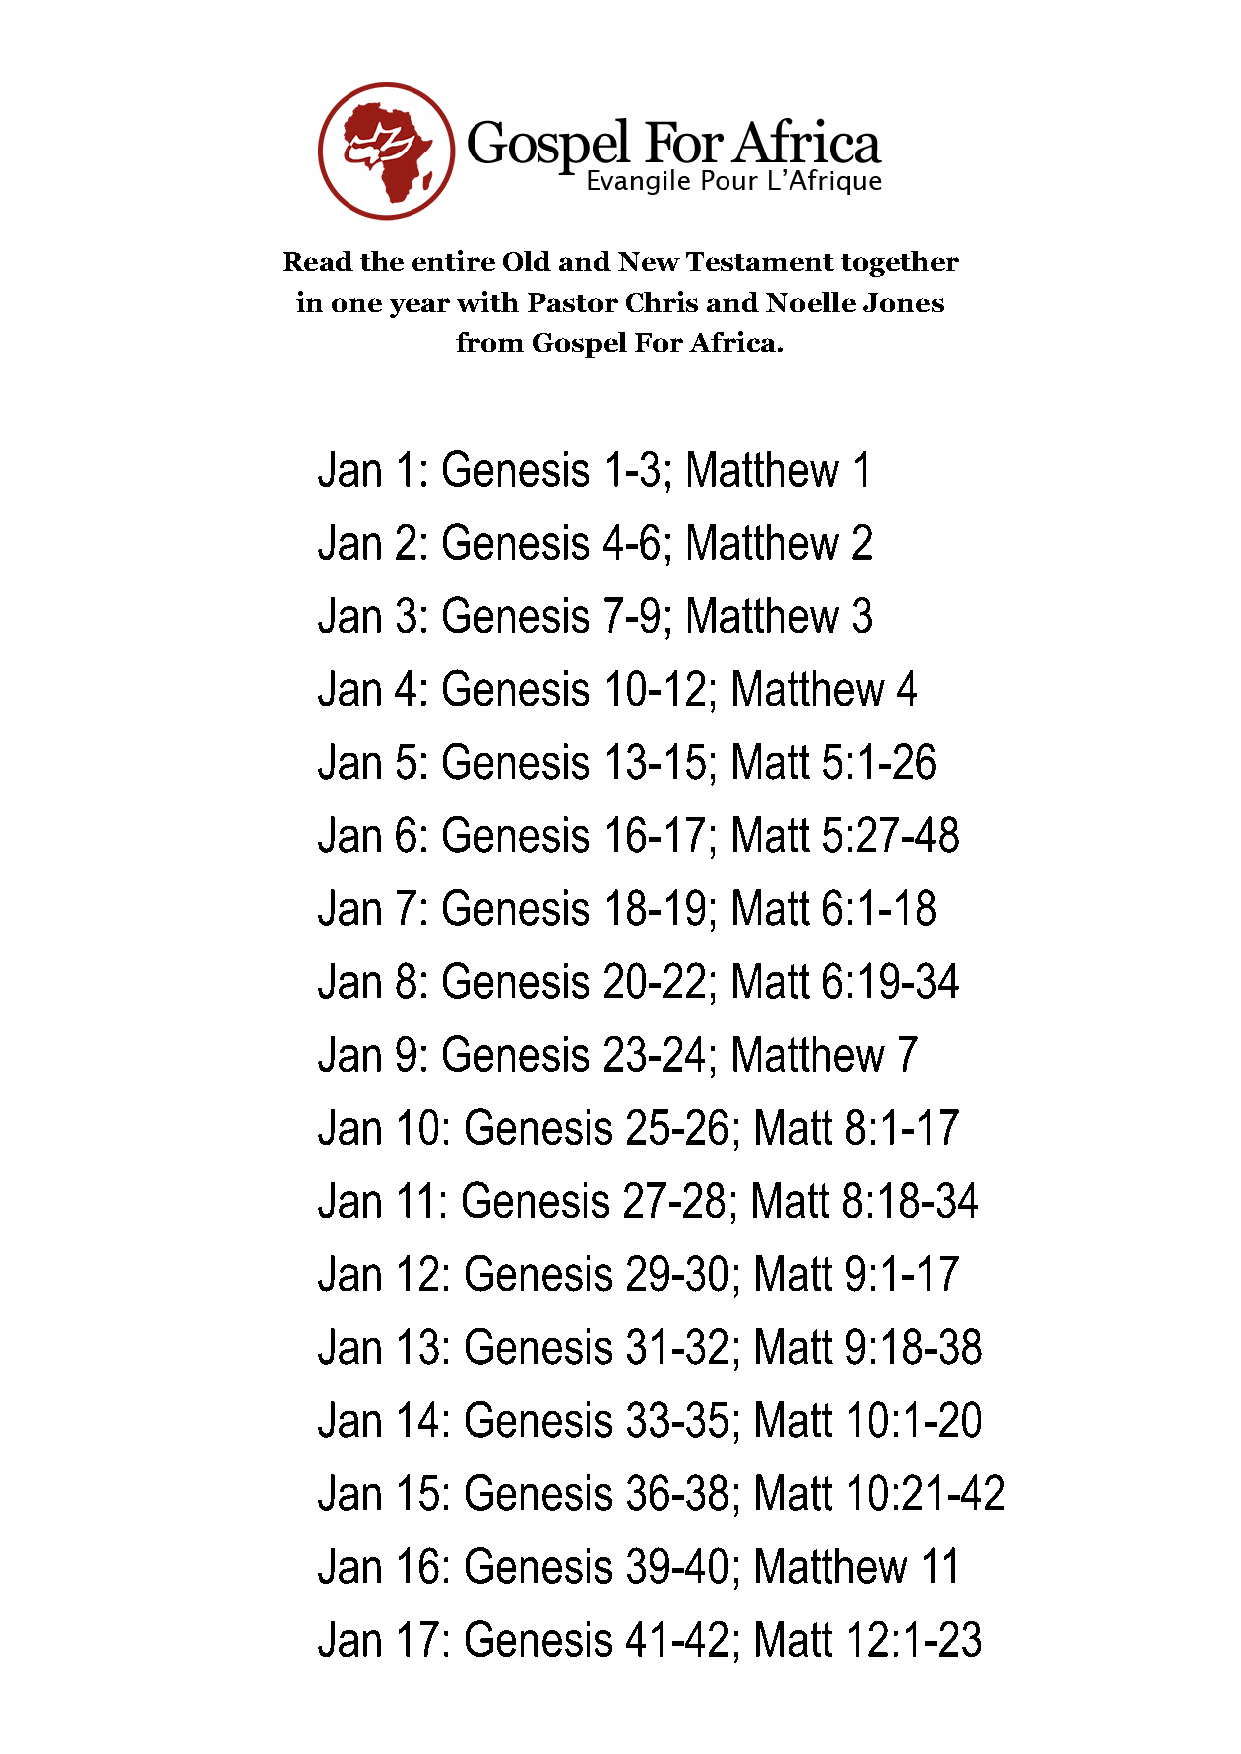
Read the entire Old and New Testament together
 in one year with Pastor Chris and Noelle Jones
 from Gospel For Africa.
 Jan  1: Genesis    1-3; Matthew    1
 Jan  2: Genesis    4-6; Matthew    2
 Jan  3: Genesis    7-9; Matthew    3
 Jan  4: Genesis    10-12;  Matthew    4
 Jan  5: Genesis    13-15;  Matt  5:1-26
 Jan  6: Genesis    16-17;  Matt  5:27-48
 Jan  7: Genesis    18-19;  Matt  6:1-18
 Jan  8: Genesis    20-22;  Matt  6:19-34
 Jan  9: Genesis    23-24;  Matthew    7
 Jan  10:  Genesis   25-26;   Matt  8:1-17
 Jan  11: Genesis    27-28;   Matt  8:18-34
 Jan  12:  Genesis   29-30;   Matt  9:1-17
 Jan  13:  Genesis   31-32;   Matt  9:18-38
 Jan  14:  Genesis   33-35;   Matt  10:1-20
 Jan  15:  Genesis   36-38;   Matt  10:21-42
 Jan  16:  Genesis   39-40;   Matthew    11
 Jan  17:  Genesis   41-42;   Matt  12:1-23